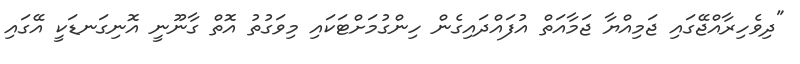
"ދިވެހިރާއްޖޭގައި ޖަމިއްޔާ ޖަމާއަތް އުފައްދައިގެން ހިންގުމަށްޓަކައި މިވަގުތު އޮތް ގާނޫނީ އޮނިގަނޑަކީ އޭގައި